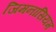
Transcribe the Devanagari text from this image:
जिमनासियम